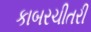
કાબરચીતરી